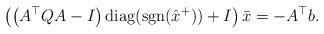
LaTeX: \begin{align*} \left(\left(A^\top Q A-I\right) \mbox{diag}(\mbox{sgn}(\hat{x}^+))+I\right){\bar x}=-A^\top b.\end{align*}